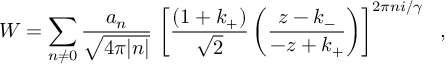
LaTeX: W = \sum _ { n \ne 0 } \frac { a _ { n } } { \sqrt { 4 \pi | n | } } \, \left[ \frac { ( 1 + k _ { + } ) } { \sqrt { 2 } } \left( \frac { z - k _ { - } } { - z + k _ { + } } \right) \right] ^ { 2 \pi n i / \gamma } \ \ ,